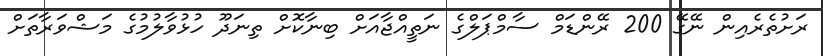
ރަށުތެރެއިން ނޭގޭ 200 ރޭންޑަމް ސާމްޕަލްގެ ނަތީއްޖާއަށް ބިނާކޮށް ތިނަދޫ ހުޅުވާލުމުގެ މަޝްވަރާތަށް